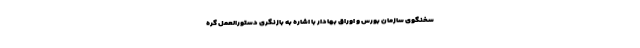
سخنگوی سازمان بورس و اوراق بهادار با اشاره به بازنگری دستورالعمل گره